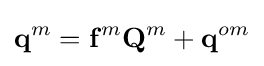
\mathbf {q} ^{m}=\mathbf {f} ^{m}\mathbf {Q} ^{m}+\mathbf {q} ^{om}